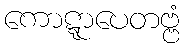
ကောဋ္ဋာပေတဗ္ဗံ